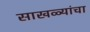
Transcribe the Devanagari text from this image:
साखळ्यांचा